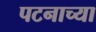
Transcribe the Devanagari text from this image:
पटनाच्या